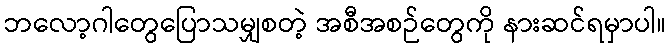
ဘလော့ဂါတွေပြောသမျှစတဲ့ အစီအစဉ်တွေကို နားဆင်ရမှာပါ။